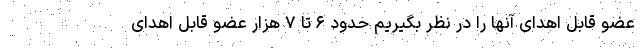
عضو قابل اهدای آنها را در نظر بگیریم حدود ۶ تا ۷ هزار عضو قابل اهدای